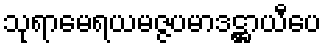
သုရာမေရယမဇ္ဇပမာဒဋ္ဌာယီပေ